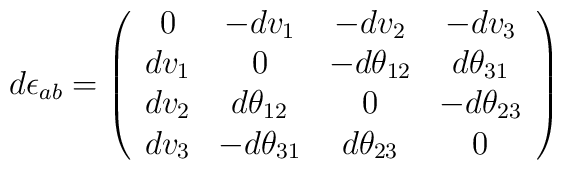
d\epsilon _{ab}=\left(\begin{array}{cccc} 0 & -dv _1& -dv_2& -dv _3\\dv_1& 0 & -d\theta _{12} & d\theta _{31}\\d v_2 & d\theta _{12} & 0 & -d\theta _{23}\\dv_3 &-d\theta _{31} & d\theta _{23} & 0 \end{array} \right )